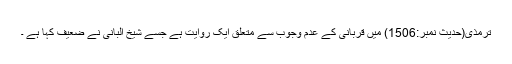
ترمذی(حدیث نمبر:1506) میں قربانی کے عدم وجوب سے متعلق ایک روایت ہے جسے شیخ البانی نے ضعیف کہا ہے ۔